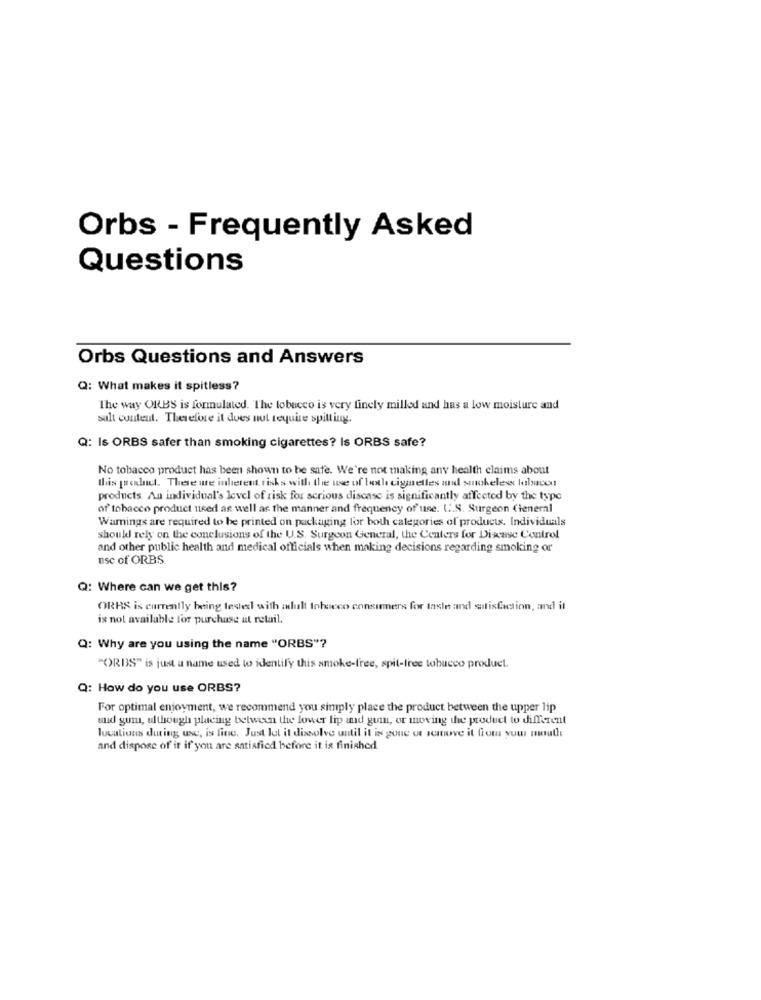
Orbs - Frequently Asked
Questions
Orbs Questions and Answers
Q: What makes it spitless?
The way ORBS is formulated. The tobacco is very finely milled and has a low moisture and
sult content. Therefore it does not require spitting.
Q: Is ORBS safer than smoking cigarettes? Is ORBS safe?
No tobacco product has been shown to be safe. We're not taking any health claims about
this postnet. There are inherent risks with the use of both cigarettes and smokeless lalacos
products. An individual's level of risk for serious discase is significantly affected by the type
of' tobacco product used as well as the manner and frequency of use. ( .. S. Surgeon General
Wamings are required to be printed on packaging for both categories of products. Individuals
should rely on the conclusions of the U.S. Surgeon General, the Centers for Disease Control
and other public health and medical officials when making decisions regarding smoking or
nsc of ORBS
Q: Where can we get this?
ORRS is currently being tested with adull tohueco consumers for taste and satisfaction, and it
is not available for purchase ut retail.
Q: Why are you using the name "ORBS"?
"ORBS" is just a name used to identify this smoke-free, spit-free tobucco product.
Q: How do you use ORBS?
For optimal enjoyment, we recommend you simply place the product between the upper lip
und gum, although placing between the lower lip and guin, or moving the product wo different
locations during use, is fine. Just let it dissolve until it is gone of samove it from your mouth
and dispose of ir if you are satisfied before it is finished